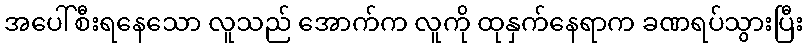
အပေါ်စီးရနေသော လူသည် အောက်က လူကို ထုနှက်နေရာက ခဏရပ်သွားပြီး